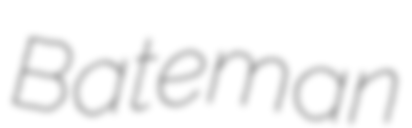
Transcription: Bateman